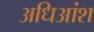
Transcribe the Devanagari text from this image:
अधिआंश